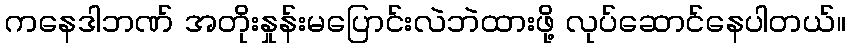
ကနေဒါဘဏ် အတိုးနှုန်းမပြောင်းလဲဘဲထားဖို့ လုပ်ဆောင်နေပါတယ်။